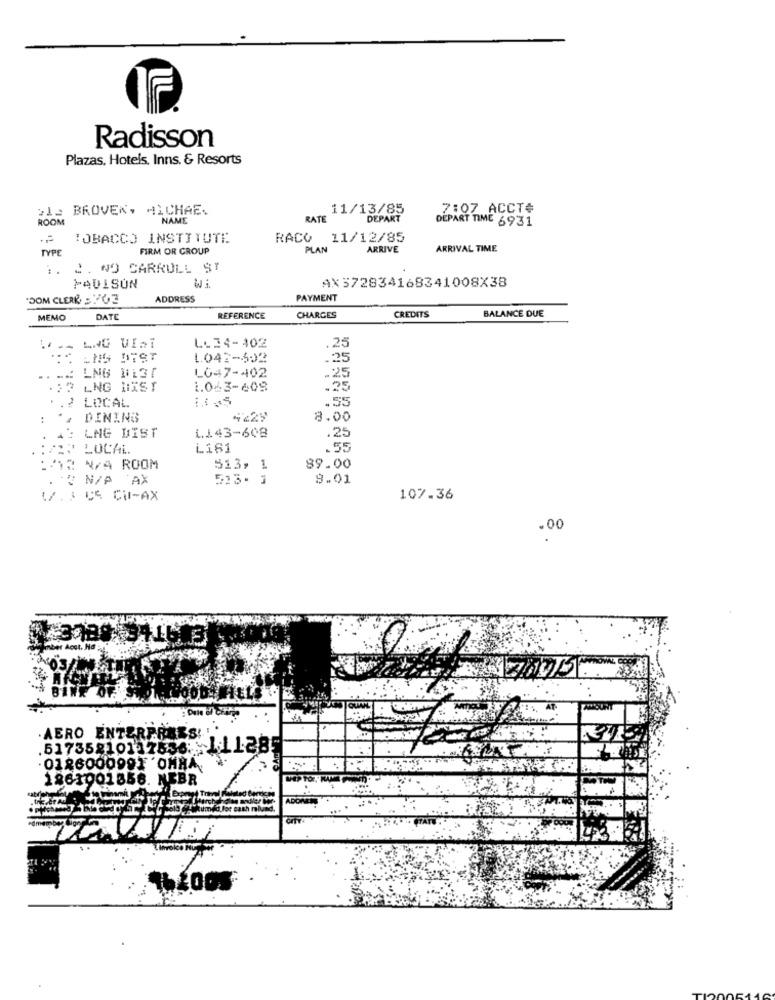
Radisson
Plazas, Hotels, Inns. & Resorts
2le BROVEN, MICHAE.
11/13/85
7:07 ACCT#
ROON
NAME
RATE
DEPART
DEPART TIME 6931
TOBACCO INSTITUTE
RACO 11/12/85
TYPE
FIRM OR GROUP
PLAN
ARRIVE
ARRIVAL TIME
: .
2. NO CARRULL ST
WA
PAULSON
AX372834168341008X38
"SOM CLERK =763
ADDRESS
PAYMENT
BALANCE DUE
MEMO
DATE
REFERENCE
CHARGES
CREDITS
.25
L- 34-402
...
LNG BEST
1.047-502
.25
L047-402
.25
. .
LNG BL37
LNG HIST
1.063-609
.
.55
LOCAL
:
DINING
4229
8.00
LNG DIST
1.1.43-608
.25
:PEN LOCAL
L161
.55
N/A ROOM
513, 1
89.00
.- U N/P AX
513. 1
8.01
17. 3 05 CUI-AX
107.36
.00
AERO ENTERPR
.51735810117536: L11285
. 0186000991 'OMHA
1861001356. NEBR
..